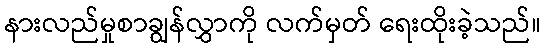
နားလည်မှုစာချွန်လွှာကို လက်မှတ် ရေးထိုးခဲ့သည်။